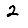
Digit: 2